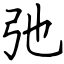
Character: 弛